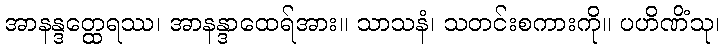
အာနန္ဒတ္ထေရဿ၊ အာနန္ဒာထေရ်အား။ သာသနံ၊ သတင်းစကားကို။ ပဟိဏိံသု၊